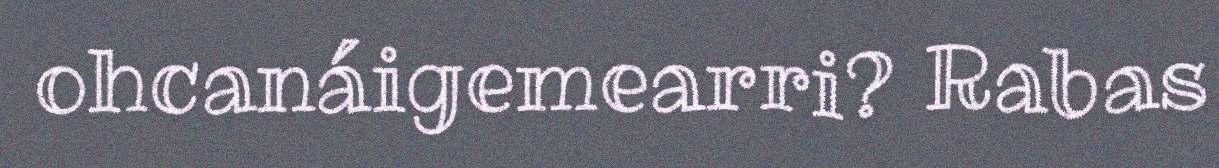
ohcanáigemearri? Rabas